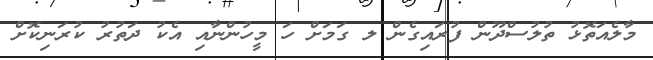
މާލެއަތޮޅު ތުލުސްދޫން ފުރައިގެން ލ ގަަމަށް ހަ މީހުންނާއި އެކު ދަތުރު ކުރަނިކޮށް